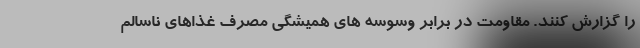
را گزارش کنند. مقاومت در برابر وسوسه های همیشگی مصرف غذاهای ناسالم